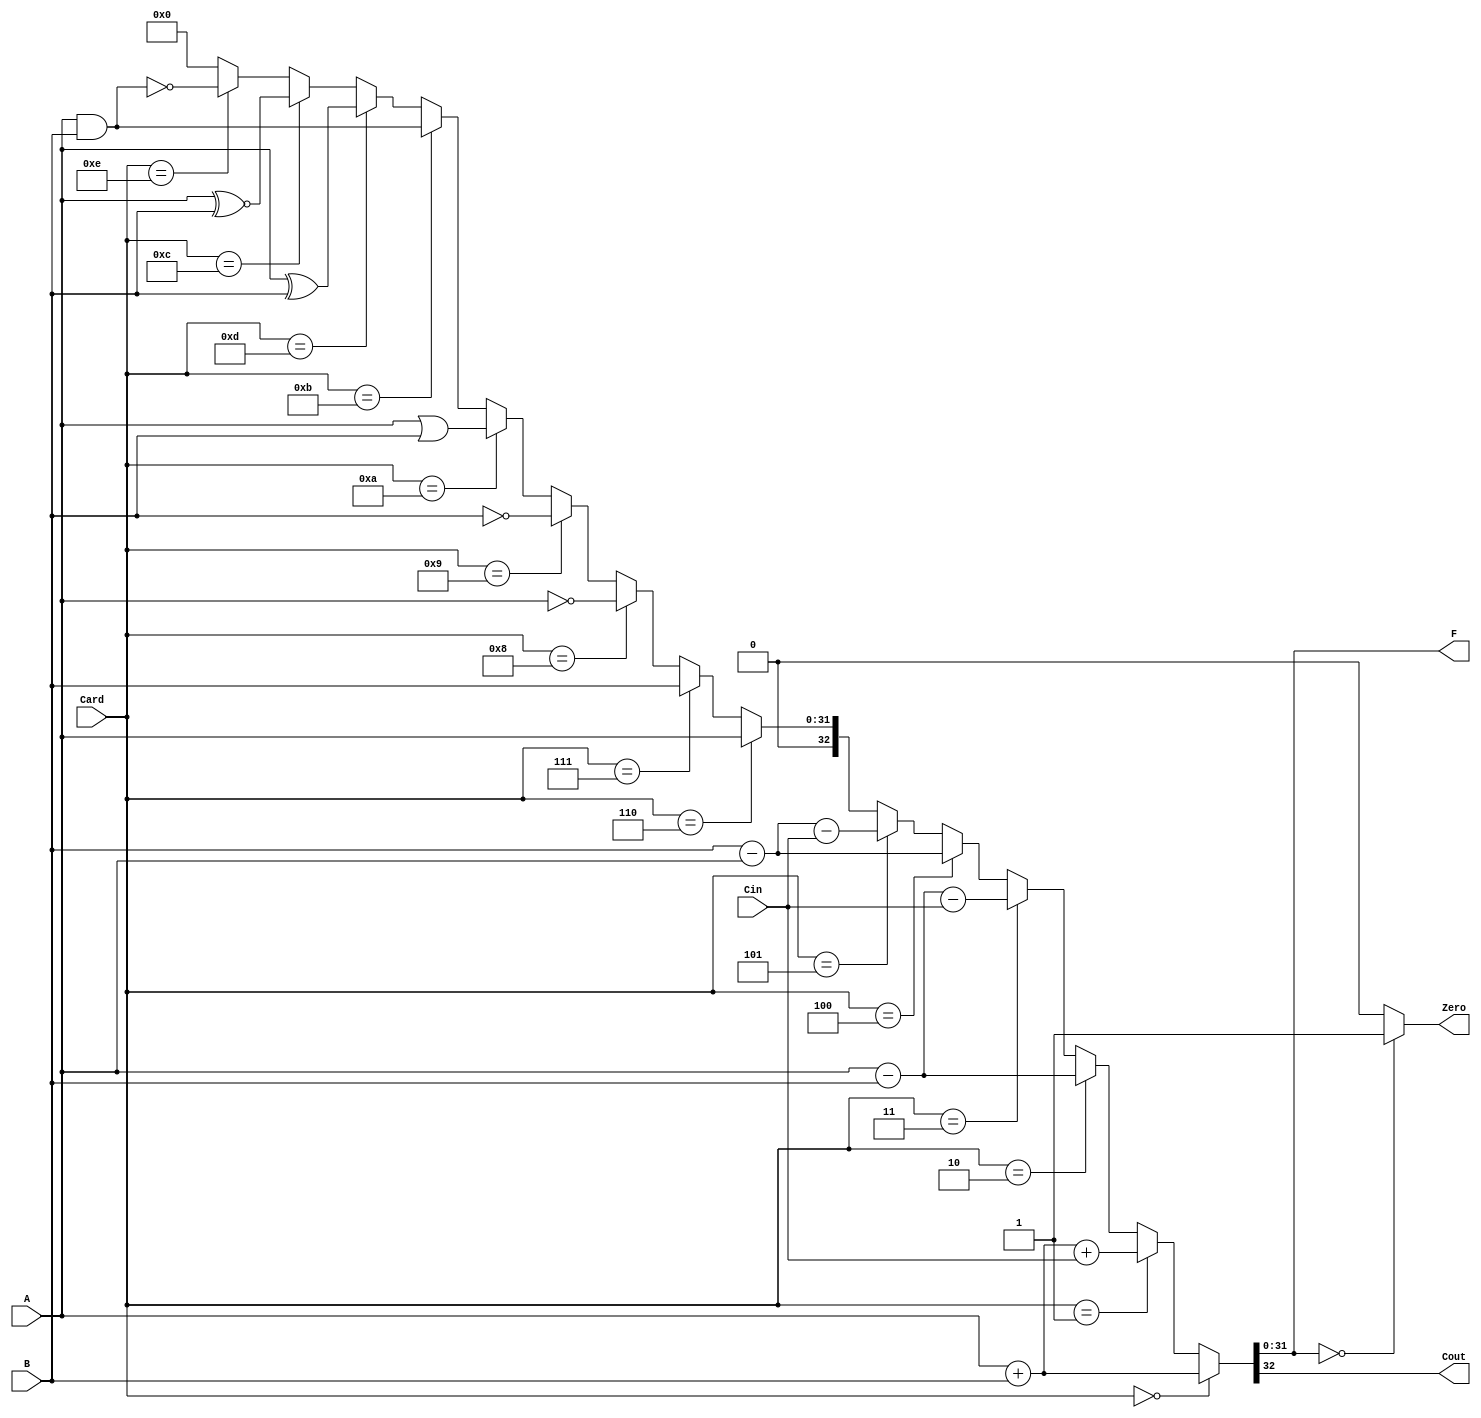
`define ADD     4'b0000
`define ADDC    4'b0001 
`define SUB     4'b0010
`define SUBC    4'b0011 
`define SUBR    4'b0100 
`define SUBRC   4'b0101 
`define A       4'b0110
`define B       4'b0111 
`define NOTA    4'b1000 
`define NOTB    4'b1001 
`define OR      4'b1010 
`define AND     4'b1011 
`define XNOR    4'b1100 
`define XOR     4'b1101 
`define NAND    4'b1110
`define ZERO    4'b1111 

module alu (
    input   [31:0]      A,          
    input   [31:0]      B,          
    input               Cin,        
    input   [3:0]       Card,       

    output  [31:0]      F,
    output              Cout,
    output              Zero
);
    // 
    wire [32:0]     add_result;
    wire [32:0]     addc_result;
    wire [32:0]     sub_result;
    wire [32:0]     subc_result;
    wire [32:0]     subr_result;
    wire [32:0]     subrc_result;
    wire [32:0]     a_result;
    wire [32:0]     b_result;
    wire [32:0]     nota_result;
    wire [32:0]     notb_result;
    wire [32:0]     or_result;
    wire [32:0]     and_result;
    wire [32:0]     xor_result;
    wire [32:0]     xnor_result;
    wire [32:0]     nand_result;
    wire [32:0]     zero_result;

    // 
    assign add_result   = A + B;
    assign addc_result  = A + B + Cin;
    assign sub_result   = A - B;
    assign subc_result  = A - B - Cin;
    assign subr_result  = B - A;
    assign subrc_result = B - A - Cin;
    assign a_result     = A;
    assign b_result     = B;
    assign nota_result  = ~A;
    assign notb_result  = ~B;
    assign or_result    = A | B;
    assign and_result   = A & B;
    assign xor_result   = A ^ B;
    assign xnor_result  = A ^~ B;
    assign nand_result  = ~(A & B); 
    assign zero_result  = 0;

    //  Card 
    assign {Cout, F} = (Card == `ADD )  ? add_result                : 
                       (Card == `ADDC)  ? addc_result               :
                       (Card == `SUB )  ? sub_result                :
                       (Card == `SUBC)  ? subc_result               :
                       (Card == `SUBR)  ? subr_result               :
                       (Card == `SUBRC) ? subrc_result              :
                       (Card == `A   )  ? {1'b0, a_result   [31:0]} :
                       (Card == `B   )  ? {1'b0, b_result   [31:0]} :
                       (Card == `NOTA)  ? {1'b0, nota_result[31:0]} :
                       (Card == `NOTB)  ? {1'b0, notb_result[31:0]} :
                       (Card == `OR  )  ? {1'b0, or_result  [31:0]} :
                       (Card == `AND )  ? {1'b0, and_result [31:0]} :
                       (Card == `XOR )  ? {1'b0, xor_result [31:0]} :
                       (Card == `XNOR)  ? {1'b0, xnor_result[31:0]} :
                       (Card == `NAND)  ? {1'b0, nand_result[31:0]} :
                       zero_result;

    assign Zero = (F == 0) ? 1 : 0;

endmodule